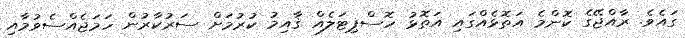
ގައެވެ. ރާއްޖޭގެ ކޮންމެ އަތޮޅެއްގައި އަތޮޅު ހޮސްޕިޓަލެއް ޤާއިމު ކުރުމަށް ސަރުކާރުން ހަމަޖެއްސެވުމާއި